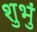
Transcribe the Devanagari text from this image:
शुभुं